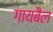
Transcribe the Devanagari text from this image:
गायबैल